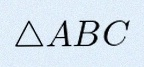
\triangle ABC